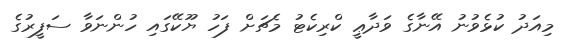
މިއަދު ކުޅެވުނު އޭނާގެ ވަދާޢީ ކްރިކެޓު މެޗަށް ފަހު ޔޫކޭގައި ހުންނަވާ ސަފީރުގެ